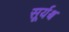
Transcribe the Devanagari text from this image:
सूर्यश्च